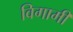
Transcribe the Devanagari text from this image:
विगामी